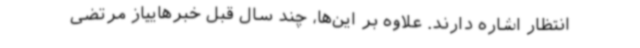
انتظار اشاره دارند. علاوه بر این‌ها، چند سال قبل خبرهاییاز مرتضی